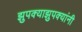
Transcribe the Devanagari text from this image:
झुपक्याझुपक्यांनी